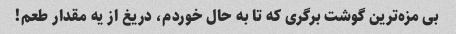
بی مزه‌ترین گوشت برگری که تا به حال خوردم، دریغ از یه مقدار طعم!